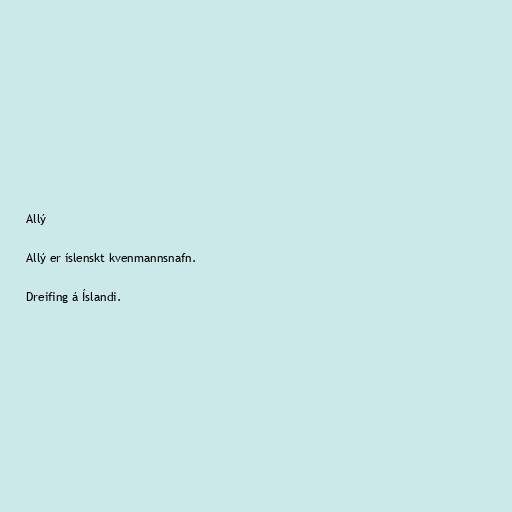
Allý

Allý er íslenskt kvenmannsnafn.

Dreifing á Íslandi.